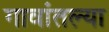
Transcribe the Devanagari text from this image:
गावांतल्या